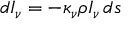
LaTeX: d I _ { \nu } = - \kappa _ { \nu } \rho I _ { \nu } \, d s